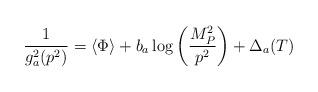
LaTeX: \begin{align*}\frac{1}{g_{a}^{2}(p^{2})}=\langle\Phi\rangle+b_{a}\log{\left(\frac{M_{P}^{2}}{p^{2}}\right)}+\Delta_{a}(T)\end{align*}